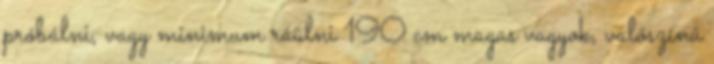
próbálni, vagy minimum ráülni 190 cm magas vagyok, valószínû